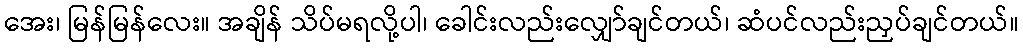
အေး၊ မြန်မြန်လေး။ အချိန် သိပ်မရလို့ပါ၊ ခေါင်းလည်းလျှော်ချင်တယ်၊ ဆံပင်လည်းညှပ်ချင်တယ်။